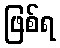
ဖြစ်ရ